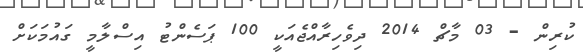
ކުރިން - 03 މާޗް 2014 ދިވެހިރާއްޖެއަކީ 100 ޕަސެންޓު އިސްލާމީ ގައުމަކަށް